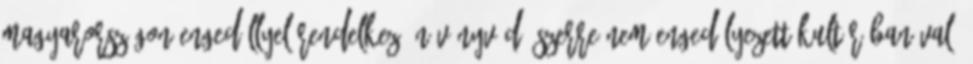
Magyarországon engedéllyel rendelkező növényvédő szerre nem engedélyezett kultúrában való